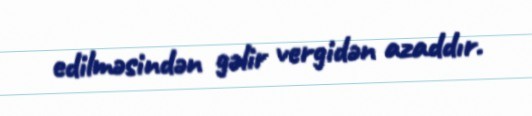
edilməsindən gəlir vergidən azaddır.